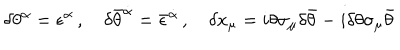
\delta \theta ^ { \alpha } = \epsilon ^ { \alpha } \, , \quad \delta \bar { \theta } ^ { \dot { \alpha } } = \bar { \epsilon } ^ { \dot { \alpha } } \, , \quad \delta x _ { \mu } = i \theta \sigma _ { \mu } \delta \bar { \theta } - i \delta \theta \sigma _ { \mu } \bar { \theta }